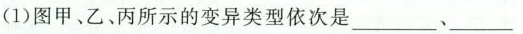
(1) 图甲、乙、丙所示的变异类型依次是___、__